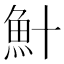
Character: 𫙏